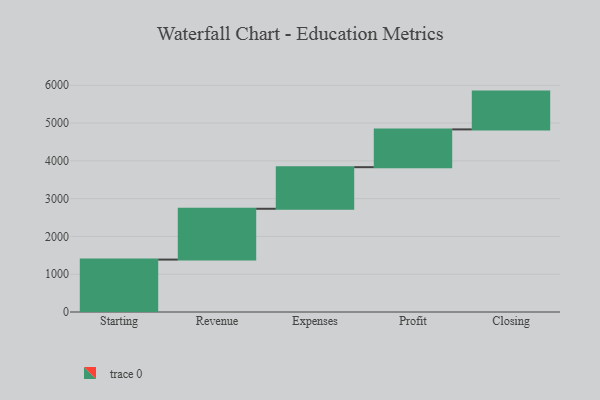
{"axis": {"x": "Step", "y": "Value"}, "legend": [""], "data": [{"x": "Starting", "y": 1387.0, "type": ""}, {"x": "Revenue", "y": 1345.0, "type": ""}, {"x": "Expenses", "y": 1101.0, "type": ""}, {"x": "Profit", "y": 1000, "type": ""}, {"x": "Closing", "y": 1000, "type": ""}]}